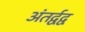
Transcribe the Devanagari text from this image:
अंतर्द्वद्व